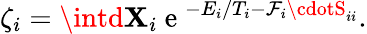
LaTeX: \zeta_{i}=\intd\mathbf{X}_{i}\mathrm{{~e~}}^{-E_{i}/T_{i}-\mathcal{{F}}_{i}\cdotS_{ii}}.